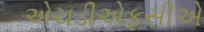
એચડીએફસીએ